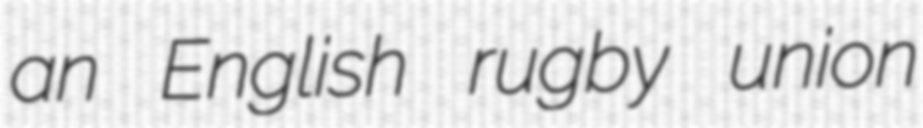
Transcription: an English rugby union